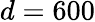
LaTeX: d=600